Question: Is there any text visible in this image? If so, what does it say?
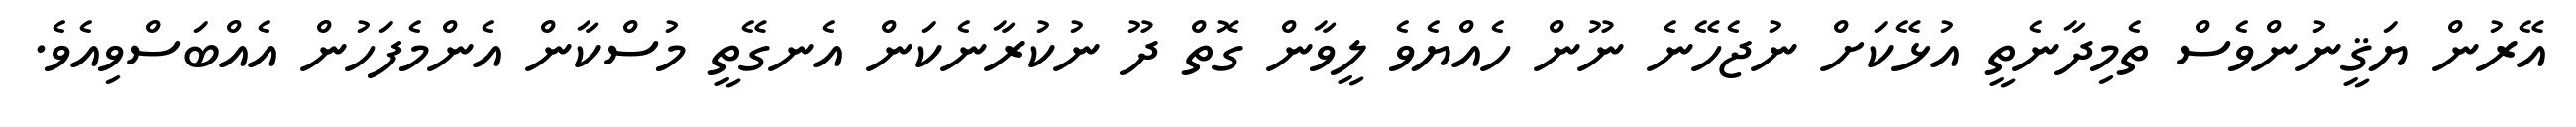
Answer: އޭރުން ޔަޤީނުންވެސް ތެމިދާނެތީ އުޅޭކަށް ނުޖެހޭނެ ނޫން ހެއްޔެވެ ލީވާން ގޮތް ދޫ ނުކުރާނެކަން އެނގޭތީ މުސްކާން އެންމެފަހުން އެއްބަސްވިއެވެ.